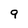
Character: 9